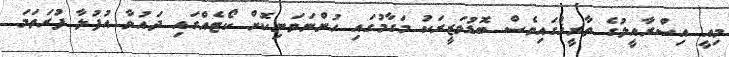
މިއީ އިސްރާއީލުގެ ތާރީޚްގައިވެސް ބޮޑުވަޒީރަކު މަގާމުގައި ހުންނަވަނިކޮށް ކޯޓެއްގައި ދައުވާ އުފުލާ ފުރަތަމަ